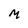
Character: M